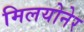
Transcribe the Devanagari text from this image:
मिलयोनेर